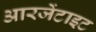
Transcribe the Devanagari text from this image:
आरजेंटाइट